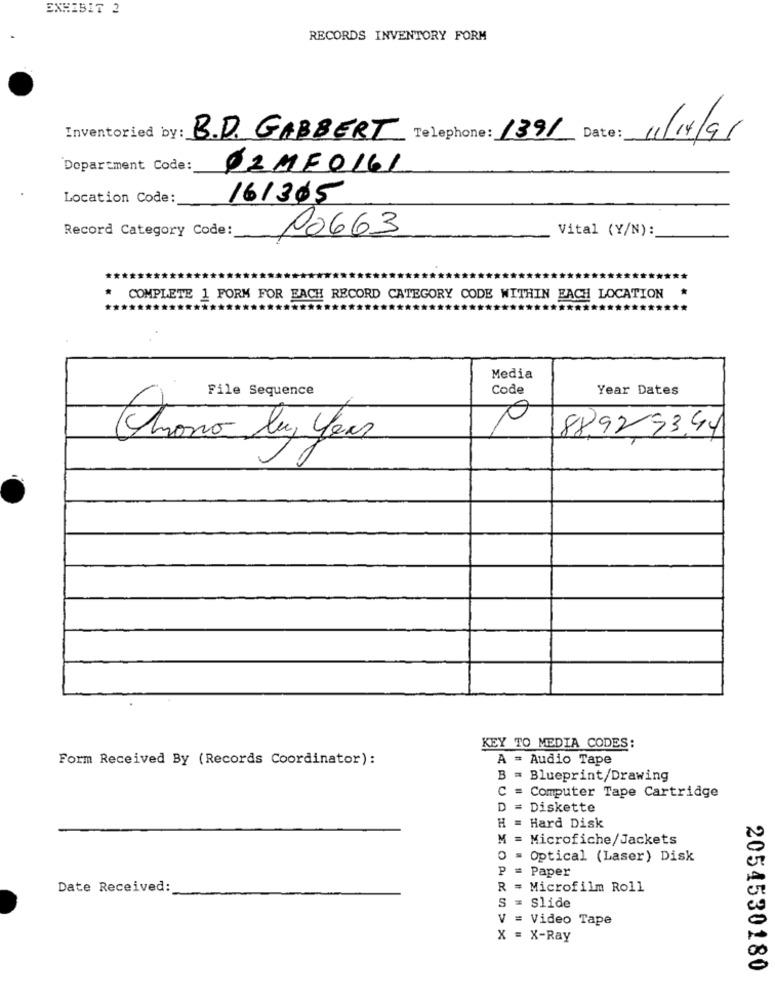
EXHIBIT 2
RECORDS INVENTORY FORM
Inventoried by:
B.D. GABBERT Telephone: 1391 Date:
11/14/91
Department Code:
22ME0161
Location Code:
161305
Record Category Code:
PO663
Vital (Y/N):
COMPLETE 1 FORM FOR EACH RECORD CATEGORY CODE WITHIN EACH LOCATION
Media
File Sequence
Code
Year Dates
D
88,92,33,44
Chrono lu year
KEY TO MEDIA CODES:
Form Received By (Records Coordinator):
A = Audio Tape
B = Blueprint/Drawing
C = Computer Tape Cartridge
D = Diskette
H = Hard Disk
M = Microfiche/Jackets
Optical (Laser) Disk
P = Paper
Date Received:
R = Microfilm Roll
S = Slide
V = Video Tape
X = X-Ray
2054530180